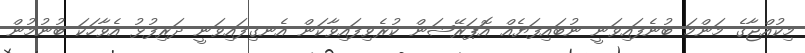
މިކުއްޖާގެ މަންމަ ބުނެފައިވަނީ ނުބައިފަޔެއް އޮޕަރޭޝަން ކުރެވިފައިވާކަން އެނގިފައިވަނީ ދަރިފުޅު އެވާހަކަ ބުނުމުން